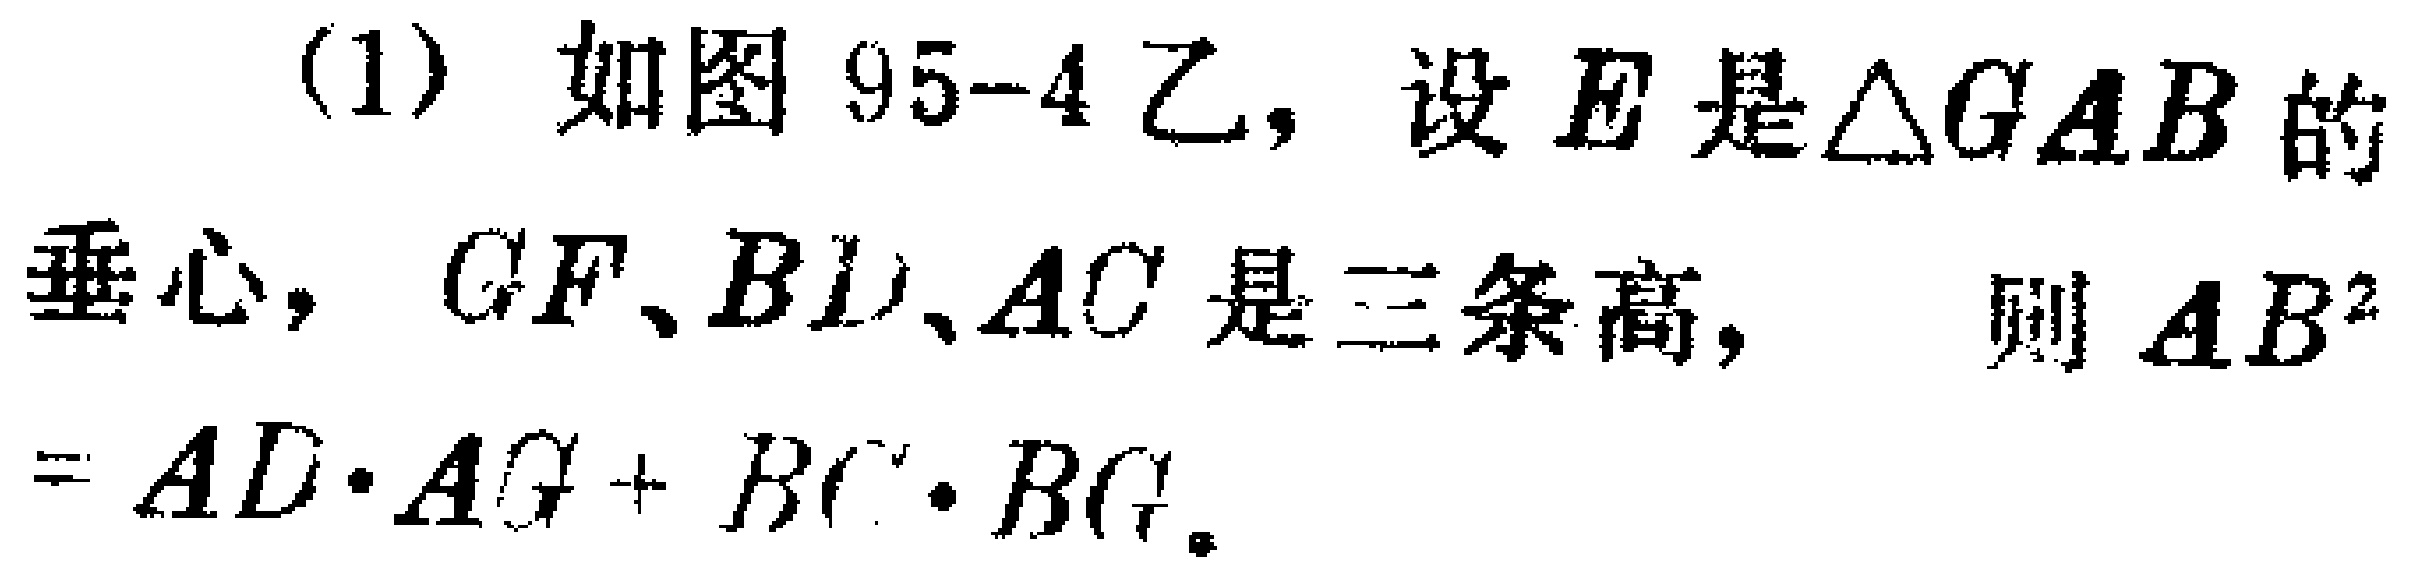
(1) 如图95-4乙，设\(E\)是\(\triangle GAB\)的垂心，\(GF\)、\(BD\)、\(AC\)是三条高，则 \(AB^{2}=AD\cdot AG + BC\cdot BG\)。